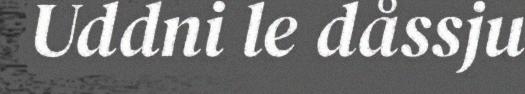
Uddni le dåssju